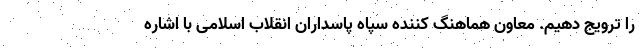
را ترویج دهیم. معاون هماهنگ کننده سپاه پاسداران انقلاب اسلامی با اشاره